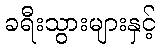
ခရီးသွားများနှင့်